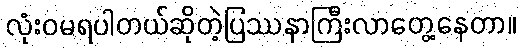
လုံးဝမရပါတယ်ဆိုတဲ့ပြဿနာကြီးလာတွေ့နေတာ။